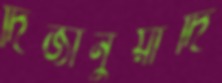
দিজানুয়াদি